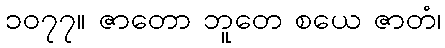
၁၀၇၇။ ဇာတော ဘူတေ စယေ ဇာတံ၊